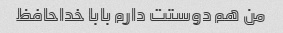
من هم دوستت دارم بابا خداحافظ